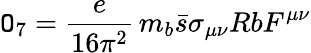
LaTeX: \mathtt{O}_{7}=\frac{{e}}{{16\pi^{2}}}\, m_{b}\bar{{s}}\sigma_{\mu\nu}RbF^{\mu\nu}